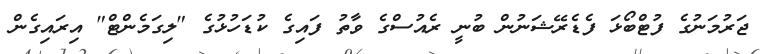
ޖަރުމަނުގެ ފުޓްބޯޅަ ފެޑެރޭޝަނުން ބުނީ ރެއުސްގެ ވާތު ފައިގެ ކުޑަހުޅުގެ "ލިގަމެންޓް" އިރައިގެން